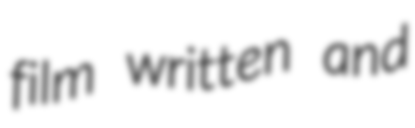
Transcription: film written and